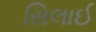
સિલાઈ